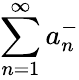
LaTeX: \sum_{n=1}^{\infty}a_{n}^{-}